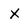
Character: x